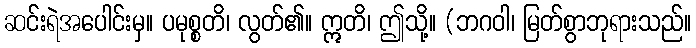
ဆင်းရဲအပေါင်းမှ။ ပမုစ္စတိ၊ လွတ်၏။ ဣတိ၊ ဤသို့။ (ဘဂဝါ၊ မြတ်စွာဘုရားသည်။